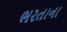
ભરતાના